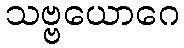
သဗ္ဗယောဂေ